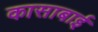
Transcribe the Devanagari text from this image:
कासाबाई